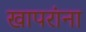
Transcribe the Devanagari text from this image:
खापरांना